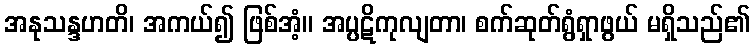
အနုသန္ဒဟတိ၊ အကယ်၍ ဖြစ်အံ့။ အပ္ပဋိကုလျတာ၊ စက်ဆုတ်ရွံရှာဖွယ် မရှိသည်၏